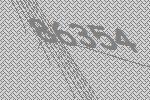
86354